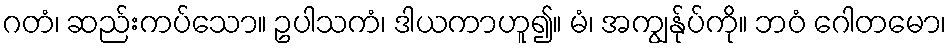
ဂတံ၊ ဆည်းကပ်သော။ ဥပါသကံ၊ ဒါယကာဟူ၍။ မံ၊ အကျွန်ုပ်ကို။ ဘဝံ ဂေါတမော၊